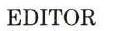
EDITOR